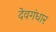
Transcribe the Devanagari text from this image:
देवगंधार